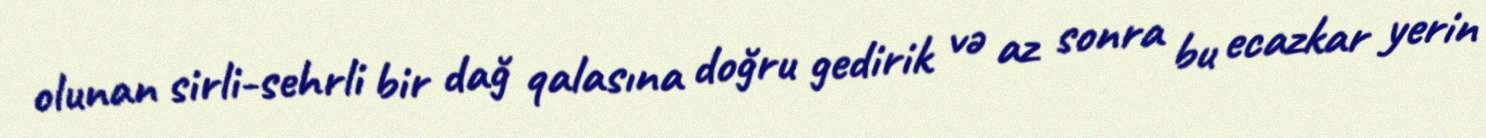
olunan sirli-sehrli bir dağ qalasına doğru gedirik və az sonra bu ecazkar yerin